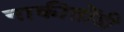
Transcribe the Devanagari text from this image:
नाकीतोंडी